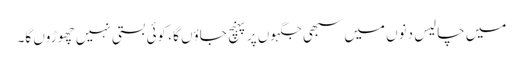
میں چالیس دنوں میں سبھی جگہوں پر پہنچ جاؤں گا ، کوئی بستی نہیں چھوڑوں گا۔